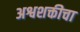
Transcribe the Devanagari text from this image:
अश्वशक्तीचा